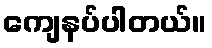
ကျေနပ်ပါတယ်။